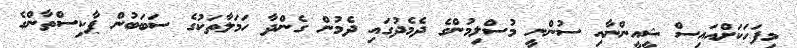
މިފަހަކަށްއައިސް ޝީއީންނާއި ސުންނީ މުސްލިމުންގެ ދެމެދުގައި ދެމުން ގެންދާ ހަމަލާތަކުގެ ސަބަބުން ޕާކިސްތާންގެ